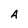
Character: A